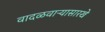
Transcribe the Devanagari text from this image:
वादळवाऱ्यासारखे